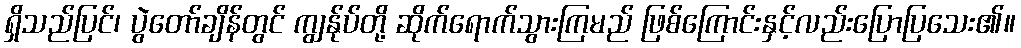
ရှိသည်ပြင်၊ ပွဲတော်ချိန်တွင် ကျွန်ုပ်တို့ ဆိုက်ရောက်သွားကြမည် ဖြစ်ကြောင်းနှင့်လည်းပြောပြသေး၏။